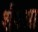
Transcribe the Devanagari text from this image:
र्शषआ